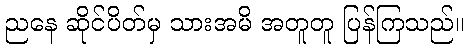
ညနေ ဆိုင်ပိတ်မှ သားအမိ အတူတူ ပြန်ကြသည်။